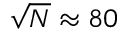
\sqrt { N } \approx 8 0